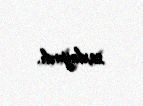
saxlayırdı.